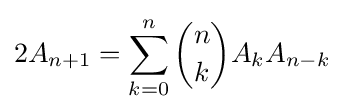
2A_{n+1}=\sum _{k=0}^{n}{\binom {n}{k}}A_{k}A_{n-k}